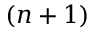
( n + 1 )